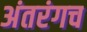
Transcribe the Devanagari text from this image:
अंतरंगच